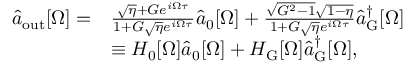
\begin{array} { r l } { \hat { a } _ { \mathrm { o u t } } [ \Omega ] = } & { \frac { \sqrt { \eta } + G e ^ { i \Omega \tau } } { 1 + G \sqrt { \eta } e ^ { i \Omega \tau } } \hat { a } _ { 0 } [ \Omega ] + \frac { \sqrt { G ^ { 2 } - 1 } \sqrt { 1 - \eta } } { 1 + G \sqrt { \eta } e ^ { i \Omega \tau } } \hat { a } _ { \mathrm { G } } ^ { \dagger } [ \Omega ] } \\ & { \equiv H _ { 0 } [ \Omega ] \hat { a } _ { 0 } [ \Omega ] + H _ { \mathrm { G } } [ \Omega ] \hat { a } _ { \mathrm { G } } ^ { \dagger } [ \Omega ] , } \end{array}